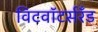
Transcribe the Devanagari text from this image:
विटवॉटर्सरँड